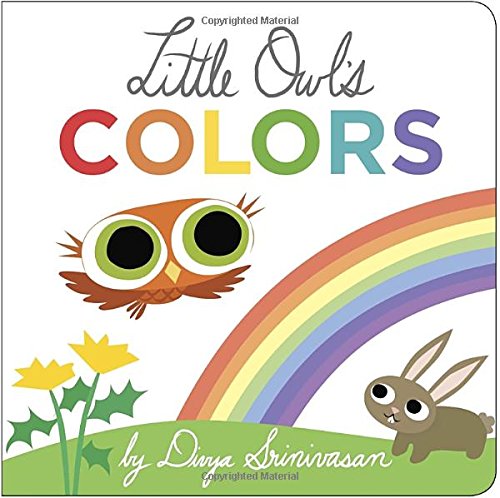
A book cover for Little Owl's Colors; Divya Srinivasan; Children's Books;